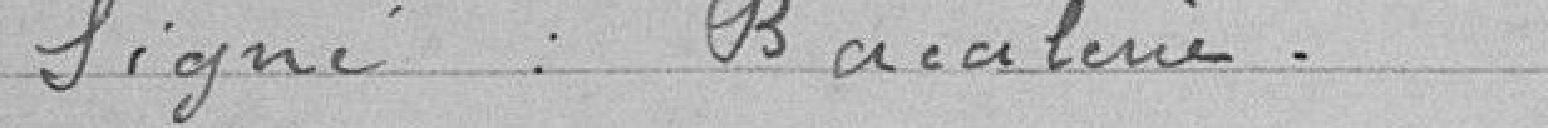
Signé : BACULERIE